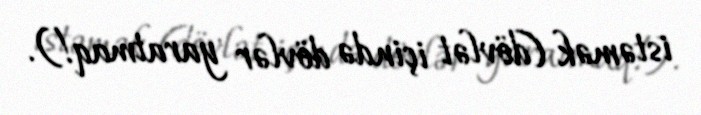
istəmək (dövlət içində dövlər yaratmaq!).